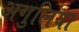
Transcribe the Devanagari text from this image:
अगुलिया